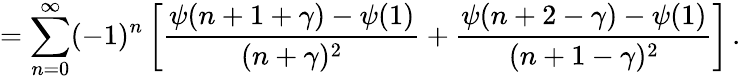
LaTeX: =\sum_{n=0}^{\infty}(-1)^{n}\left[\frac{\psi(n+1+\gamma)-\psi(1)}{(n+\gamma)^{2}}+\frac{\psi(n+2-\gamma)-\psi(1)}{(n+1-\gamma)^{2}}\right]\, .